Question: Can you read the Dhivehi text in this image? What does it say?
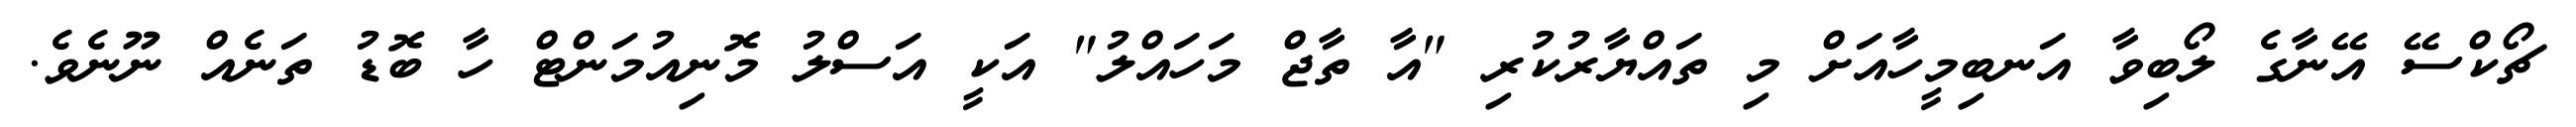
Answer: ޗޯކްސޭ އޭނާގެ ލޯބިވާ އަނބިމީހާއަށް މި ތައްޔާރުކުރި "އާ ތާޖް މަހައްލު" އަކީ އަސްލު މޮނިއުމަންޓް ހާ ބޮޑު ތަނެއް ނޫނެވެ.